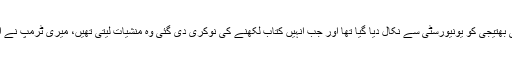
ان کا مزید کہنا تھا کہ ڈونلڈ ٹرمپ نے اپنی موجودہ اہلیہ میلانیا کو بتایا کہ ان کی بھتیجی کو یونیورسٹی سے نکال دیا گیا تھا اور جب انہیں کتاب لکھنے کی نوکری دی گئی وہ منشیات لیتی تھیں، میری ٹرمپ نے اعتراف کیا کہ انہوں نے کالج چھوڑ دیا تھا لیکن کبھی منشیات استعمال نہیں کیں۔